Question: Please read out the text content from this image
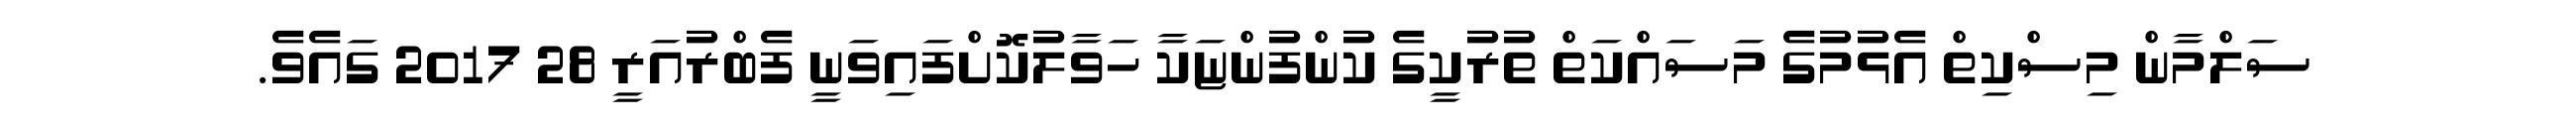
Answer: ސަލްމާން މިސްކިތް އެޅުމުގެ މަސައްކަތް ތުރުކީގެ ކުންފުންޏަކާ ހަވާލުކޮށްފައިވަނީ ފެބްރުއަރީ 28 2017 ގައެވެ.